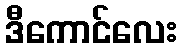
ဒီကောင်လေး